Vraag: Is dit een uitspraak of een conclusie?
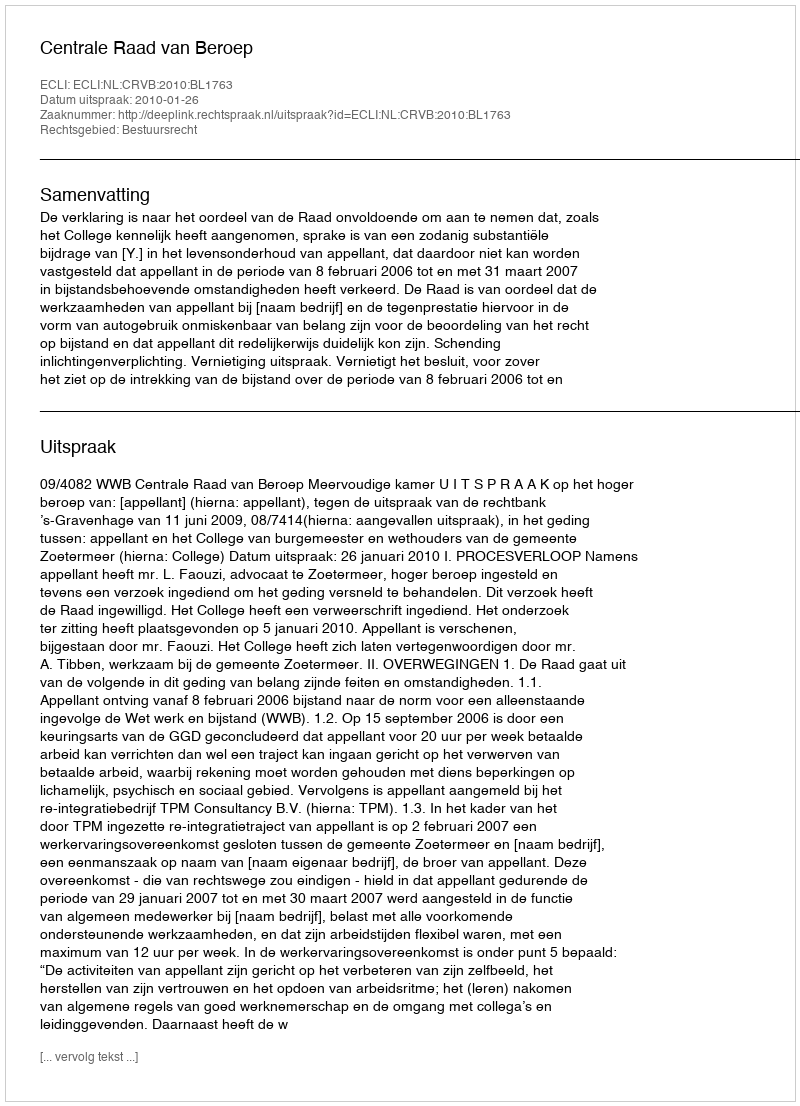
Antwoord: Uitspraak